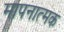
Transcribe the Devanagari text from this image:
मापनात्मक